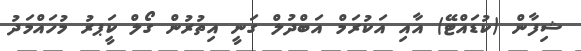
ޝިފާން (ކުޑައްޓޭ) އާއި އަކުރަމް އަބްދުލް ގަނީ އިތުރުން ގޯލް ކީަޕރު މުހައްމަދު